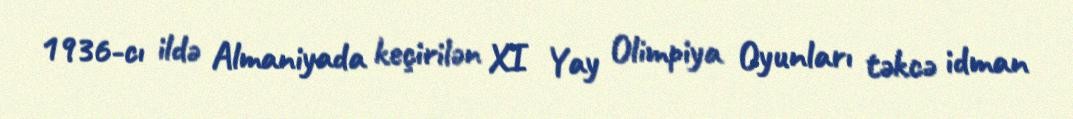
1936-cı ildə Almaniyada keçirilən XI Yay Olimpiya Oyunları təkcə idman